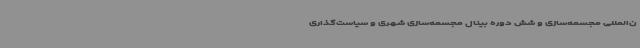
ن‌المللی مجسمه‌سازی و شش دوره بینال مجسمه‌سازی شهری و سیاست‌گذاری